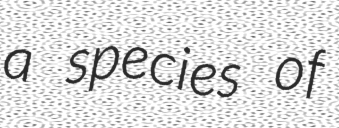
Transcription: a species of